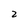
Character: 2